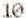
10